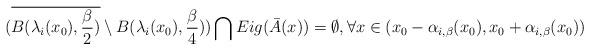
LaTeX: \begin{align*}(\overline{B(\lambda_i(x_0),\frac{\beta}{2})}\setminus B(\lambda_i(x_0),\frac{\beta}{4}))\bigcap Eig(\bar{A}(x))=\emptyset,\forall x\in(x_0-\alpha_{i,\beta}(x_0),x_0+\alpha_{i,\beta}(x_0))\end{align*}